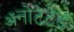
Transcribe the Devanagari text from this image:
ॲनोटेटेड